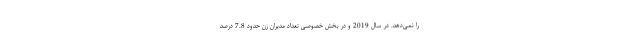
را نمی‌دهد. در سال 2019 و در بخش خصوصی تعداد مدیران زن حدود 7.8 درصد